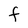
Character: f